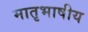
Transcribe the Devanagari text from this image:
मातृभाषीय